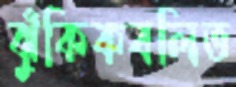
ঝুঁকিকবলিত